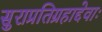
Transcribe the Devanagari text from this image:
सुराप्रतिग्रहाद्देवाः